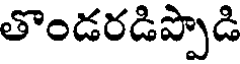
తొండరడిప్పొడి